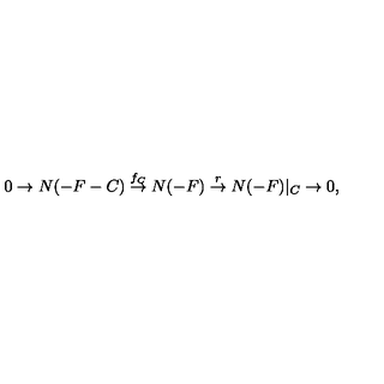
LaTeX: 0 \rightarrow N ( - F - C ) \stackrel { f _ { C } } { \rightarrow } N ( - F ) \stackrel { r } { \rightarrow } N ( - F ) | _ { C } \rightarrow 0 ,